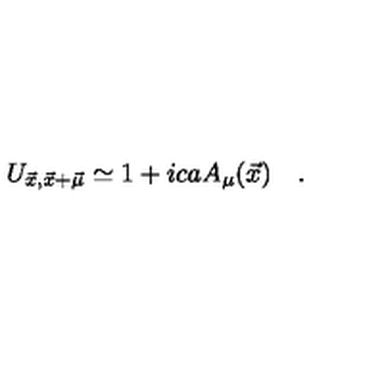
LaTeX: U _ { \vec { x } , \vec { x } + \vec { \mu } } \simeq 1 + i c a A _ { \mu } ( \vec { x } ) \quad .